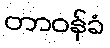
တာဝန်ခံ